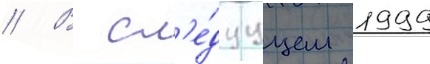
// В сл'е́дуущем 1999